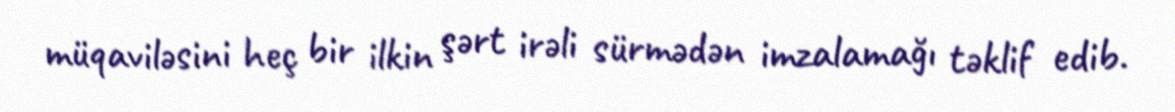
müqaviləsini heç bir ilkin şərt irəli sürmədən imzalamağı təklif edib.